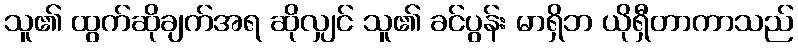
သူ၏ ထွက်ဆိုချက်အရ ဆိုလျှင် သူ၏ ခင်ပွန်း မာရှိဘ ယိုရှီတာကာသည်